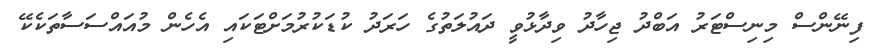
ފިނޭންސް މިނިސްޓަރު އަބްދު ޖިހާދު ވިދާޅުވީ ދައުލަތުގެ ހަރަދު ކުޑަކުރުމަށްޓަކައި އެހެން މުއައްސަސާތަކެކޭ